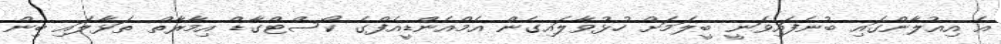
އެ އިއުލާންގައި ބުނެފައިވަނީ ބީލަމަށް ހުޅުވާލައިގެން އެމްއެންޑީއެފްގެ ކޯސްޓްގާޑް އިމާރާތް ތަޅާލައި ބިން